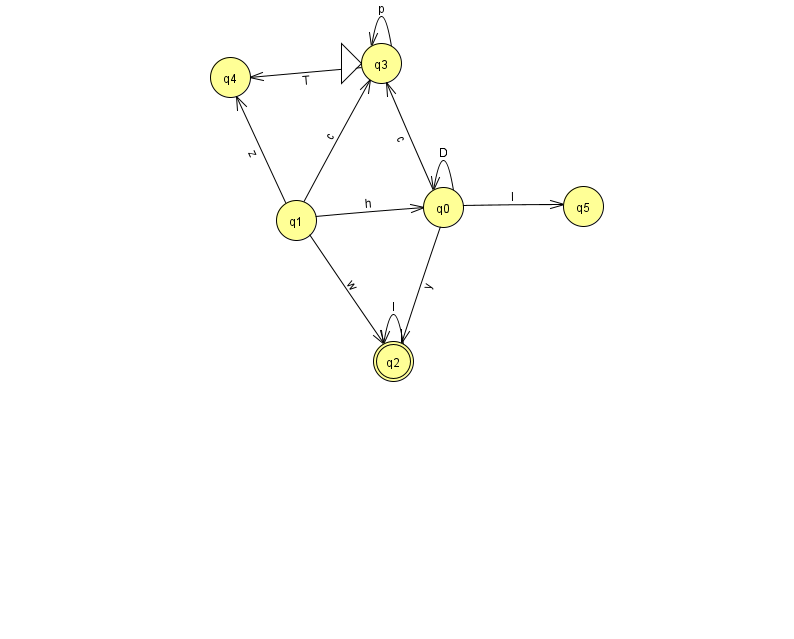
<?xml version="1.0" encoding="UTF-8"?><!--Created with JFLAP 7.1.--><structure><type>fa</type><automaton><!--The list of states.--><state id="0" name="q0"><x>443.0</x><y>194.0</y></state><state id="1" name="q1"><x>296.0</x><y>207.0</y></state><state id="2" name="q2"><x>393.0</x><y>348.0</y><final/></state><state id="3" name="q3"><x>381.0</x><y>50.0</y><initial/></state><state id="4" name="q4"><x>230.0</x><y>64.0</y></state><state id="5" name="q5"><x>583.0</x><y>193.0</y></state><!--The list of transitions.--><transition><from>1</from><to>0</to><read>h</read></transition><transition><from>3</from><to>3</to><read>p</read></transition><transition><from>0</from><to>5</to><read>I</read></transition><transition><from>3</from><to>4</to><read>T</read></transition><transition><from>0</from><to>3</to><read>c</read></transition><transition><from>0</from><to>0</to><read>D</read></transition><transition><from>1</from><to>4</to><read>z</read></transition><transition><from>2</from><to>2</to><read>I</read></transition><transition><from>1</from><to>2</to><read>w</read></transition><transition><from>1</from><to>3</to><read>c</read></transition><transition><from>0</from><to>2</to><read>y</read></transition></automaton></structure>